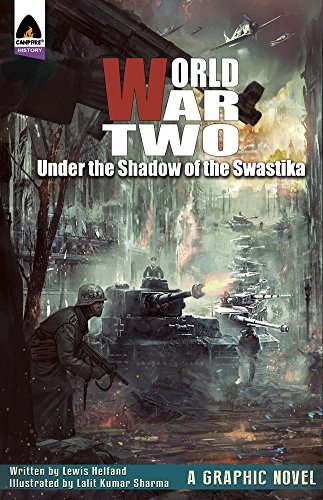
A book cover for World War Two: Under the Shadow of the Swastika (Campfire Graphic Novels); Lewis Helfand; Children's Books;